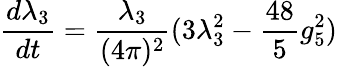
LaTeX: \frac{d\lambda_{3}}{dt}=\frac{\lambda_{3}}{(4\pi)^{2}}(3\lambda_{3}^{2}-\frac{48}{5}g_{5}^{2})